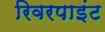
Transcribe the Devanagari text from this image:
रिवरपाइंट